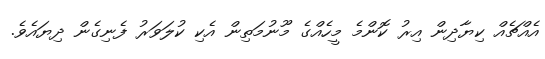
އެއްޗެއް ކިޔާދިން އިރު ކޮންމެ މީހެއްގެ މޫނުމަތިން އެކި ކުލަވަރު ފެނިގެން ދިޔައެވެ.